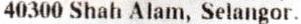
40300 SHAH ALAM, SELANGOR.